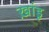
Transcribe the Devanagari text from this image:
ख़ांडू